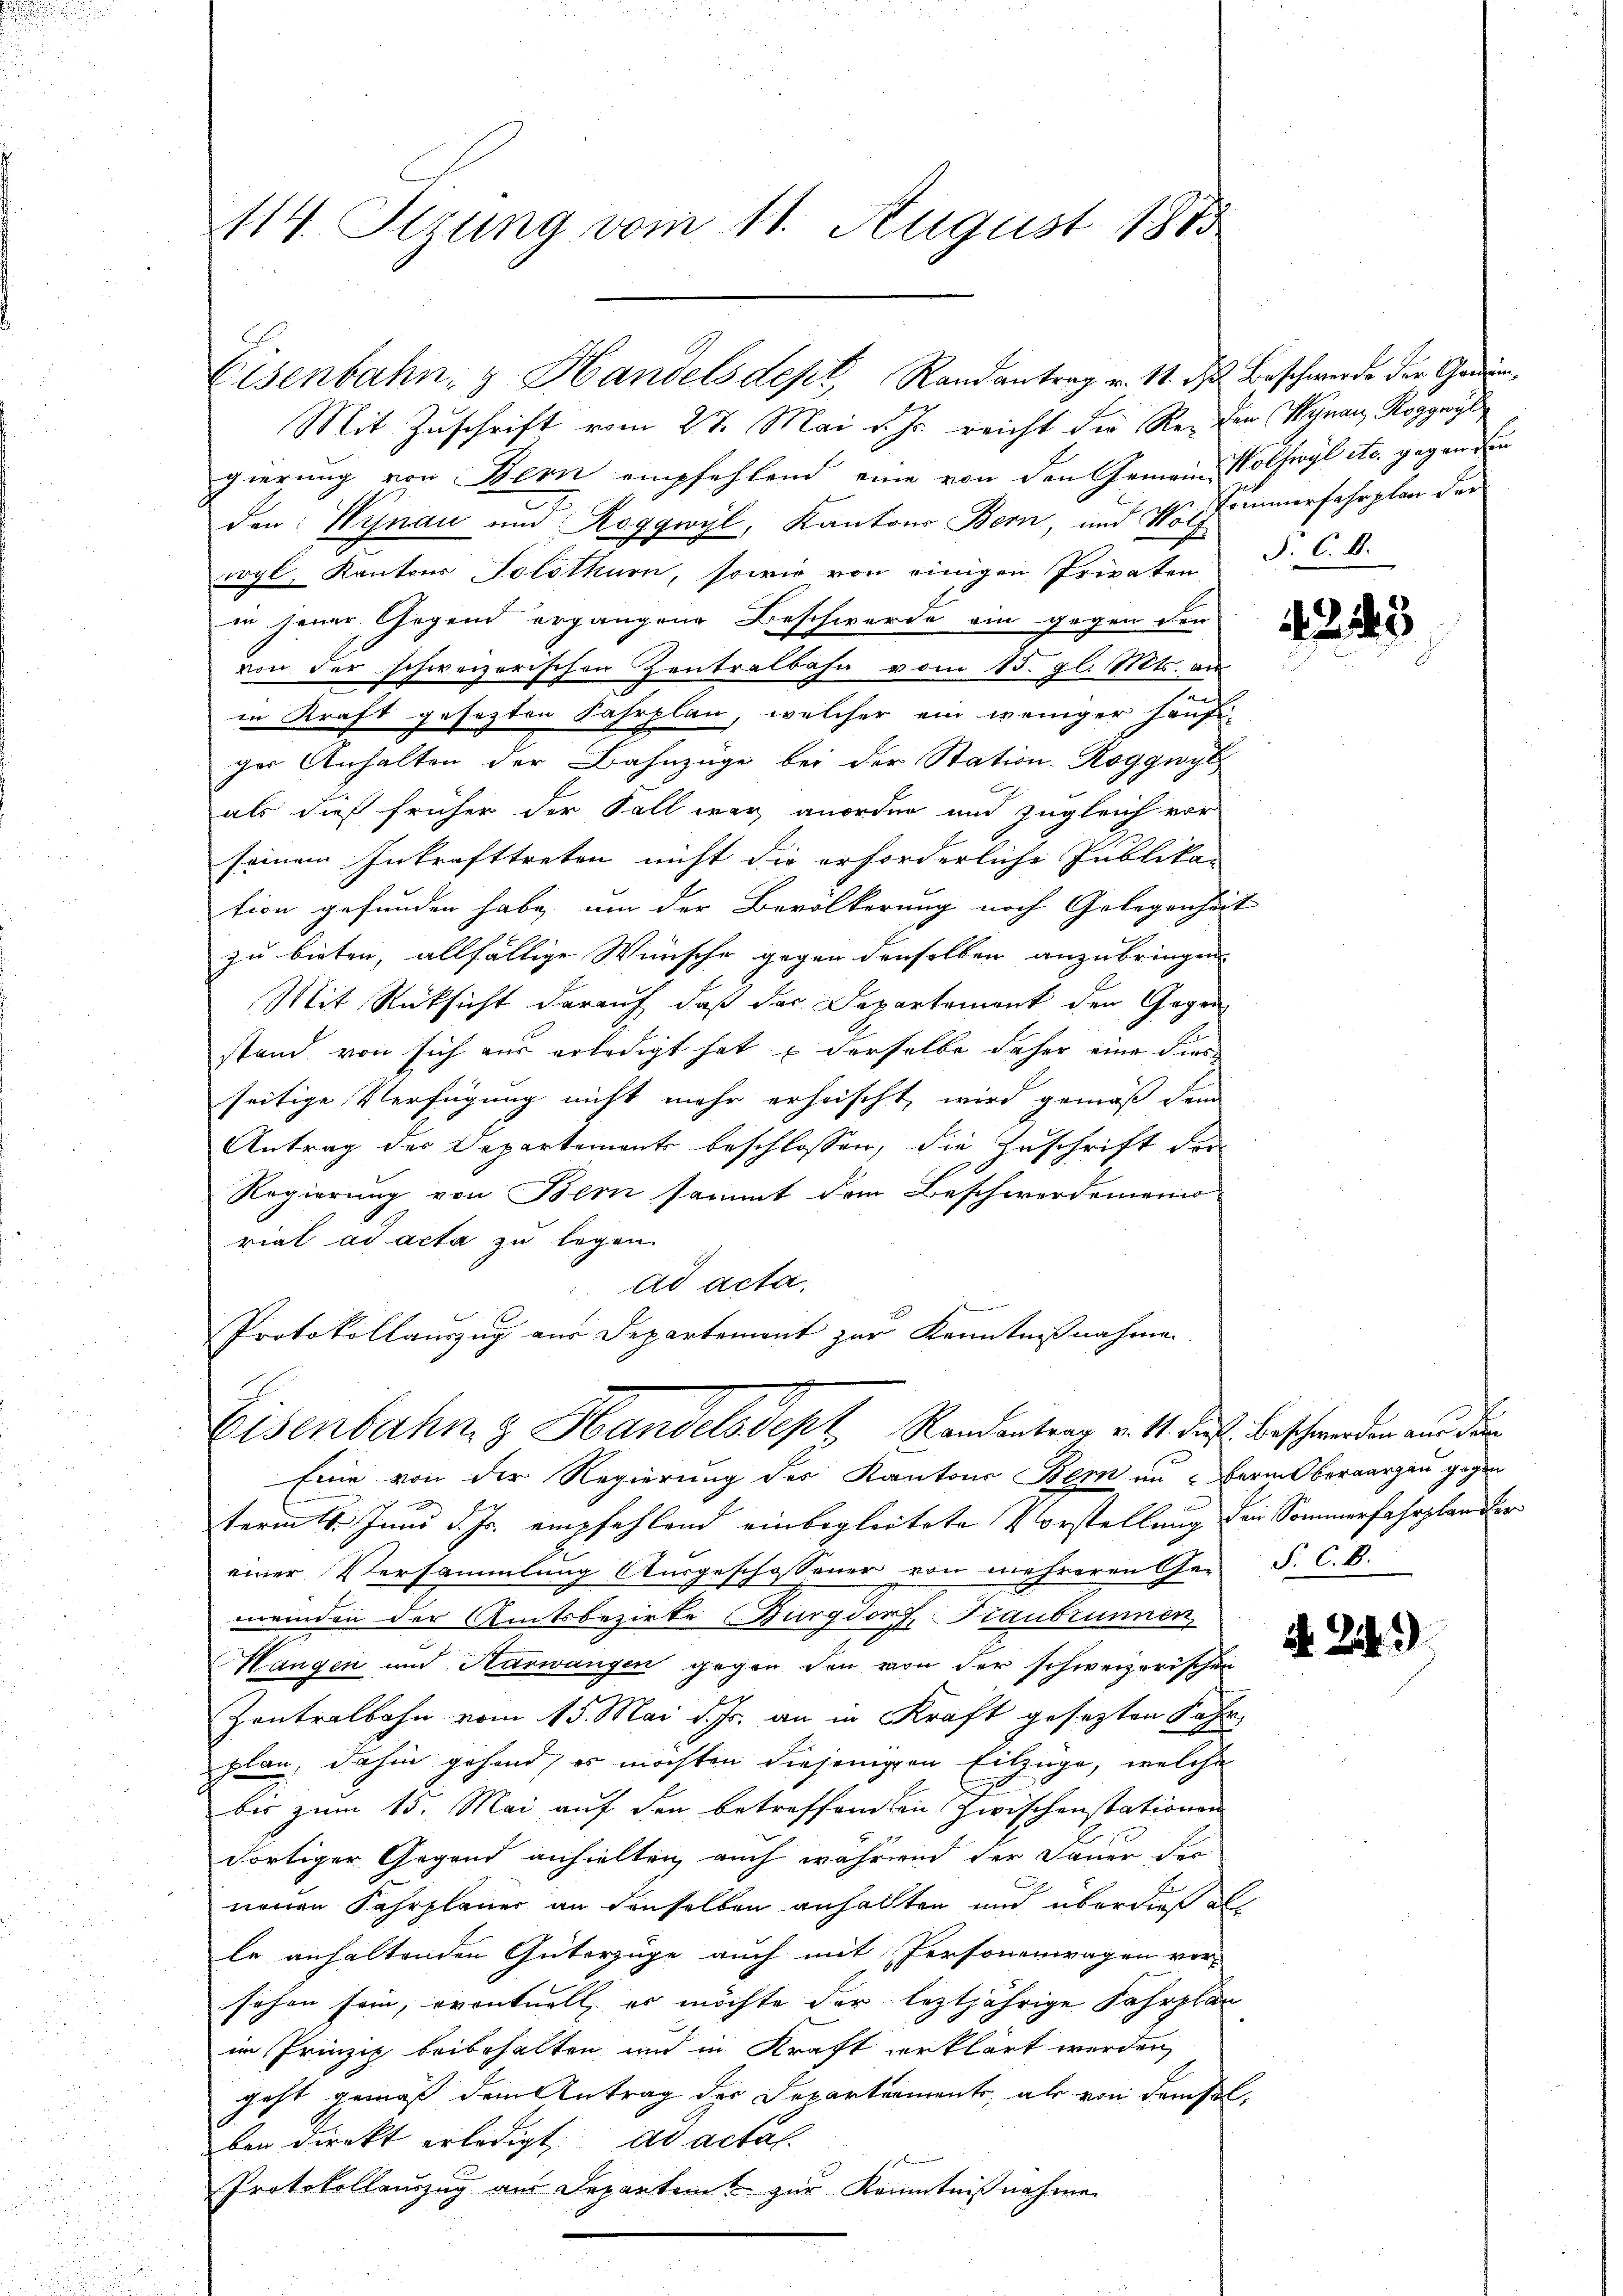
114. Sezung vom 11. August 1883

Mit Zuschrift vom 27. Mai v. Js. reicht die Reden Veranz Roggwyl
gierung von Bern empfehlend eine von den Gemein Wolfwyl etc. gegen den
denWynau und Roggwyl, Kantons Bern, und Vorzimmerfahrplan der
wyl, Kantons Solothurn, sowie von einigen Privaten
in jener Gegend ergangene Beschwerde ein gegen der
von der schweizerischen Zentralbahn vom 15. gl. Mts. an
in Kraft gesetzten Fahrplan, welcher ein weniger häufiger Anhalten der Bahnzüge bei der Station Roggwyl
als dieß früher der Fall war anordne und zugleich vor
seinem Inkrafttreten nicht die erforderliche Publikan
tion gefunden habe, um der Bevölkerung noch Gelegenheit
zu bieten, allfällige Wünsche gegen denselben anzubringen
Mit Rücksicht darauf, daß der Departement der Gegen
stand von sich aus erledigt hat derselbe daher eine dies
seitige Verfügung nicht mehr erheischt, wird gemäß dem
Antrag des Departemonte beschlossen, die Zuschrift der
Regierung von Bern sammt dem Beschwerdememo
riat ad acta zu legen
ad acta.
Protokollauszug aus Departement zur Kenntnißnahme

Eisenbahn, z. Handelsdept, Randantrag v. 11. d. Beschwerde der Gan¬

Eisenbahn & Handelsdept, Randentrag v. 11. die Beschwerden ein die

P. C. A.

Eine von der Regierung des Kantons Bern an Bern Oberaargau gegen
term 4. Juni d. Js. empfehlend einbegleitete Vorstellung den Sommerfahrplander
einer Versammlung Ausgeschossener von mehreren Ge- P. C. B.
meinden der Amtsbezirke Burgdorf, Fraubrunnen,
Hangen und Harwangen gegen den von der schweizerischen
Zentralbahn vom 15. Mai d. Js. an in Kraft gesezten Fahr
pplan, dahin gehend, es möchten diejenigen Eilzüge, welche
bis zum 15. Mai auf den betreffenden Zwischenstationen
dortiger Gegend anhielten, auch während der Dauer der
neuen Fahrplaner an denselben anhalten und überdieß al
le anhaltenden Güterzüge auch mit Personenwagen vorschon sein, eventuell, es möchte der leztjährige Fahrplan
im Prinzip beibehalten und in Kraft erklärt werden,
geht gemäß dem Antrag der Departement, als von demselben direkt erledigt ad actal-
Protokollauszug aus Departent zur Kenntnißnahmen

214

A 2.)